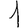
Digit: 1